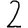
Digit: 2